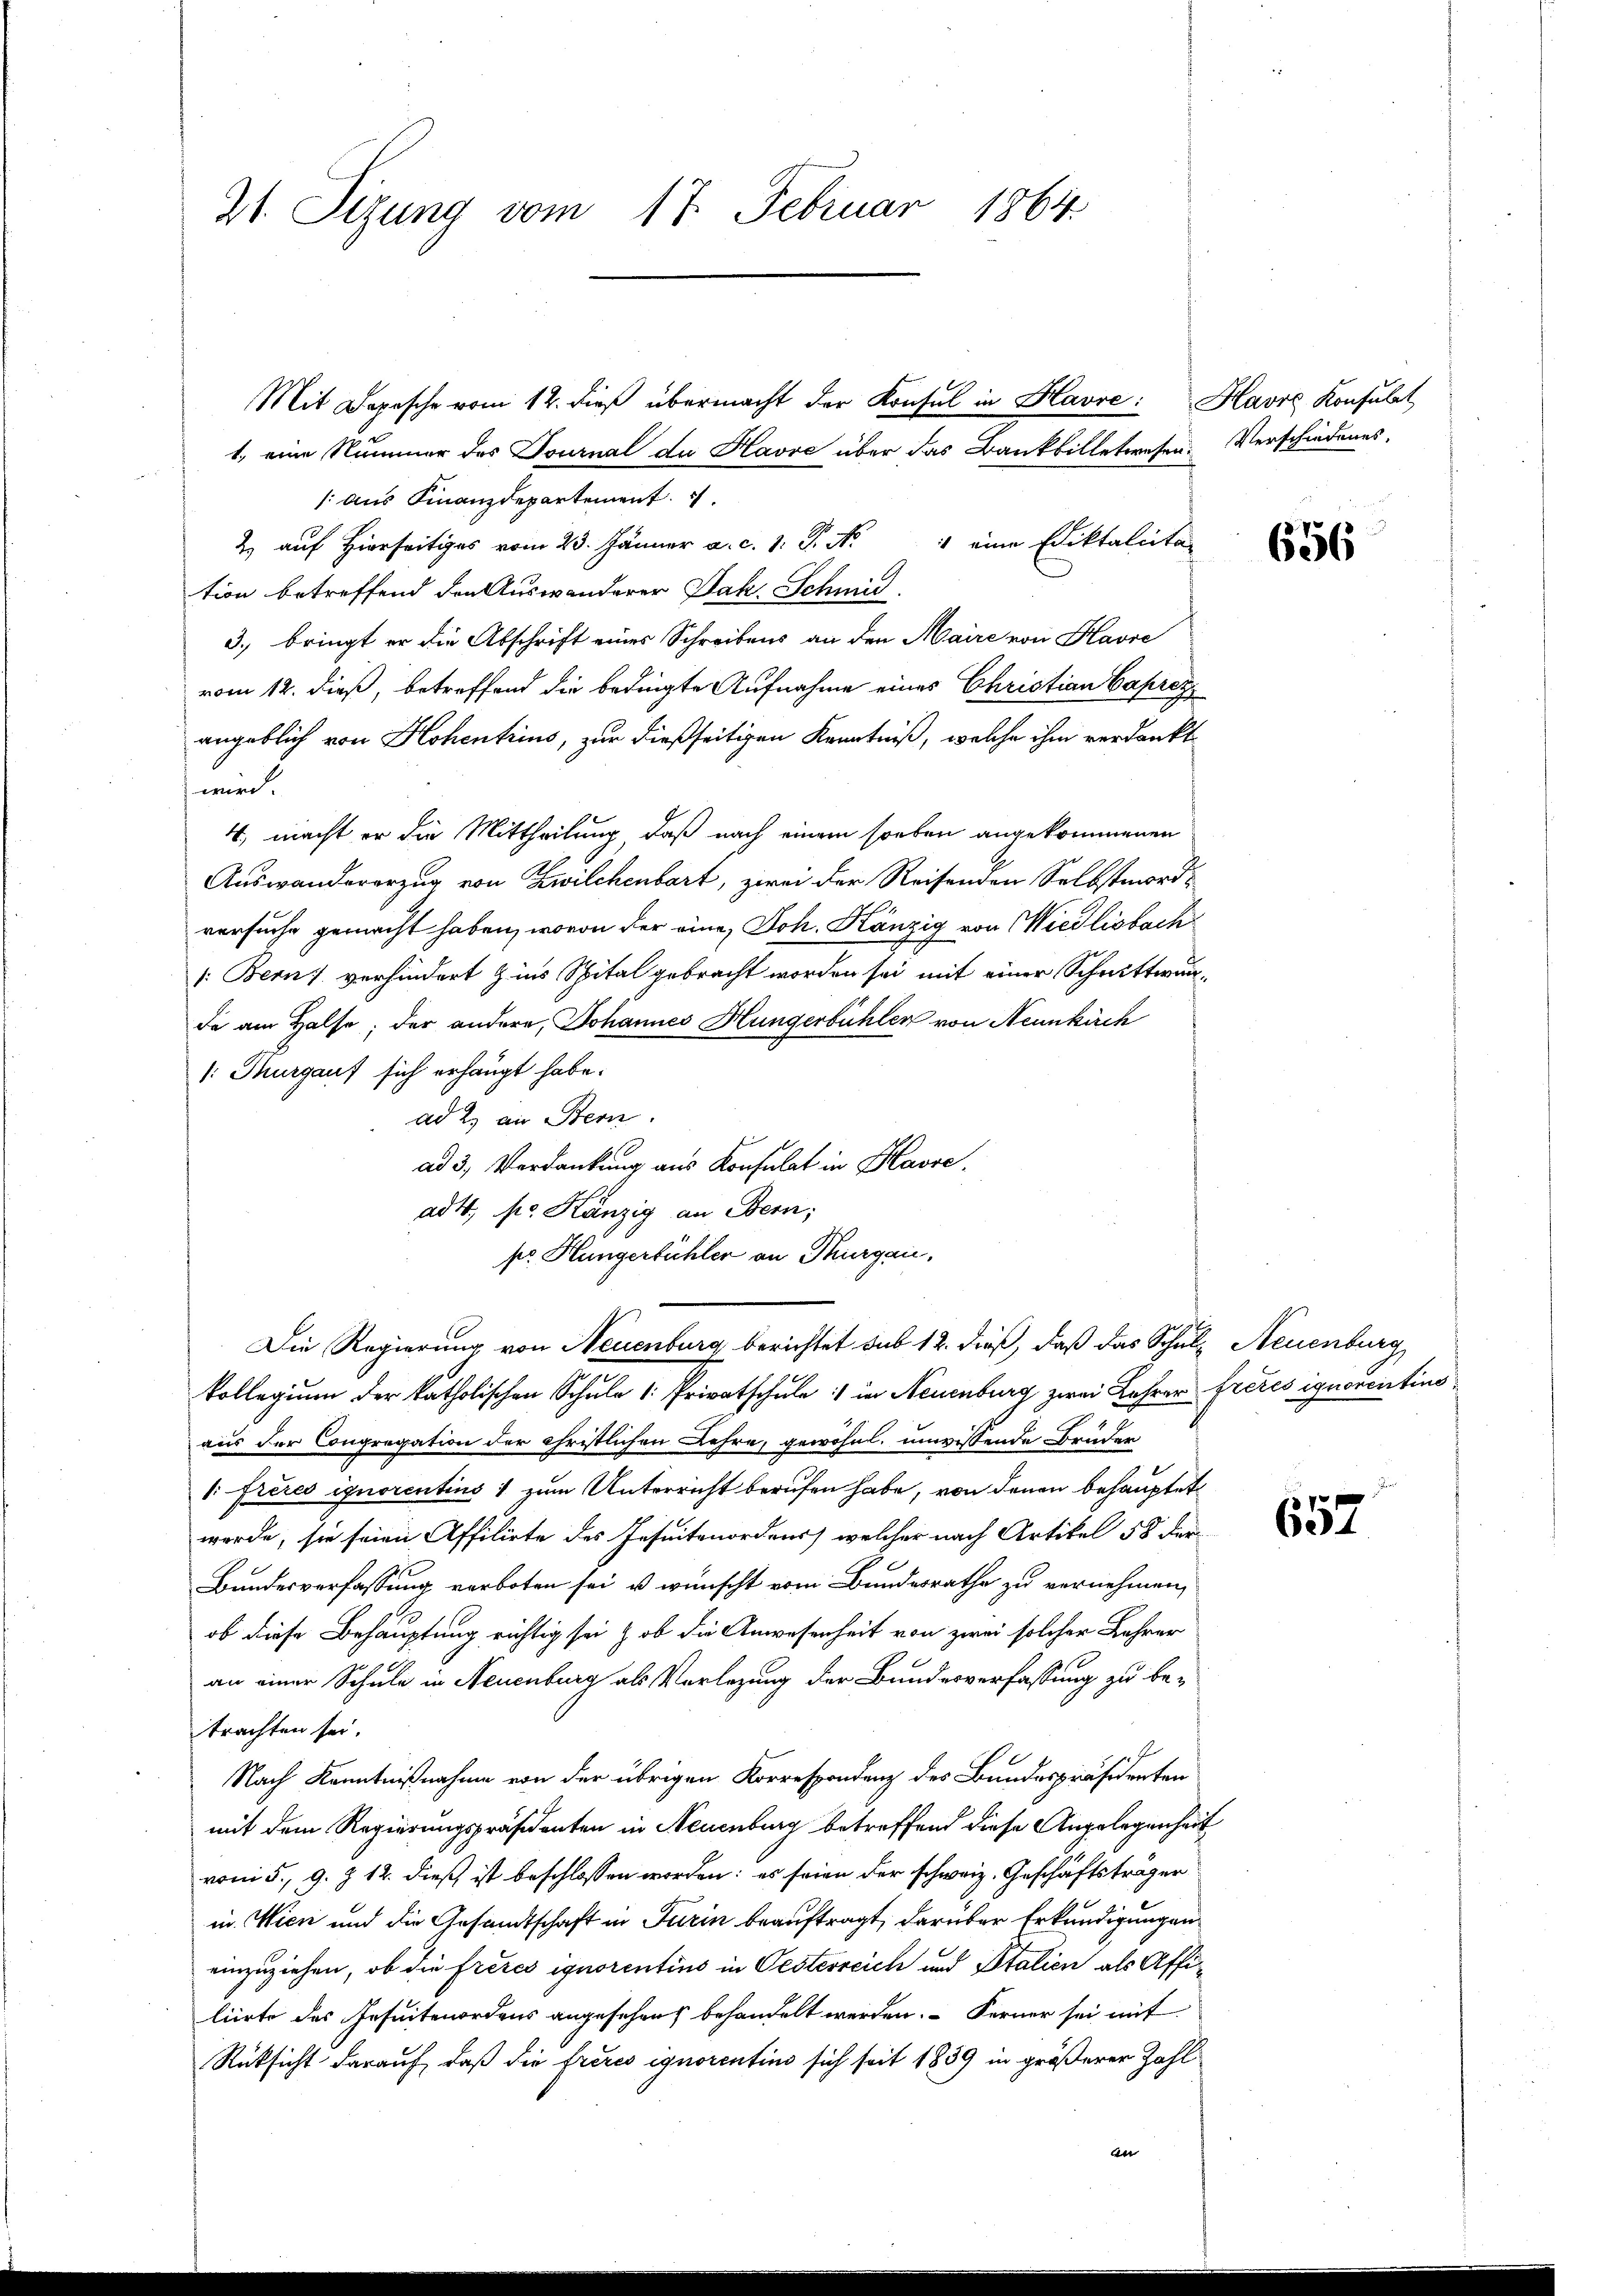
21. Sizung vom 17. Februar 1864.

Mit Depesche vom 12. dieß übermacht der Konsul in Havre: Havre Konsulat
1. eine Nummer des Tournal da Havre über das Bankbilletwesen: Verschiedenes,
/: aus Finanzdepartement
2 auf Hierseits vom 23. Jänner a. c. 1. P. Nr. 4 eine Ediktalitar
tion betreffend den Auswanderer Jak. Schmit
3. bringt er die Abschrift eines Schreibens an den Maire von Havre
vom 12. dieß, betreffend die bedingte Aufnahme eines Christian Caprez
angeblich von Hohentrius, zur dießseitigen Kenntniß, welche ihm verdankt
wird.
4, macht er die Mittheilung, daß nach einem soeben angekommenen
Auswandererzug von Zwilchenbart, zwei der Reisenden Selbstmordversuche gemacht haben, wovon der eine, Joh. Känzig von Wiedlisbach
[: Bern verhindert Zins Spital gebracht worden sei mit einer Schrittwun
de am Halse; der andere, Johannes Hungerbühlen von Neunkirch
: Thurgauf sich erhaupt habe.
ad 2., an Bern.
ad 3. Verdankung aus Konsulat in Kasse.
ad 4. pr. Kanzig an Bern;
pr. Hungerbühler an Thurgau.
Die Regierung von Neuenburg berichtet sub 12. dieß, daß das Schul- Neuenburg
kollegium der katholischen Schule : Privatschule :/ in Neuenburg zwei Lehrer Freies ignoscirtins
aus der Congregation der Christlichen Lehre, gewöhnl. unwissende Brüder
1. Freies ignorentius 1 zum Unterricht berufen habe, von denen behauptet
werde, sie seien Affilirte des Jesuitenordens, welcher nach Artikel 55 der
Bundesverfassung verboten sei, u wünscht vom Bundesrathe zu vernehmen,
ob diese Behauptung richtig sei & ob die Anwesenheit von zwei solcher Lehrer
an einer Schule in Neuenburg als Verlegung der Bundesverfassung zu betrachten sei.
Nach Kenntnißnahme von der übrigen Korrespondenz des Bundespräsidenten
mit dem Regierungspräsidenten in Neuenburg betreffend diese Angelegenheit
vom 5. 9. Z. 12. dieß ist beschlossen worden: es seien der schweiz. Geschäftsträger
in Wien und die Gesandtschaft in Turin beauftragt, darüber Erkundigungen
einzuziehen, ob die Freies ignorentins in Oesterreich und Italien als Affilierte des Jesuitenordens angesehens behandelt werden. Ferner sei mit
Rücksicht darauf, daß die frères ignorentino sich seit 1839 in größerer Zahl
an

656

657